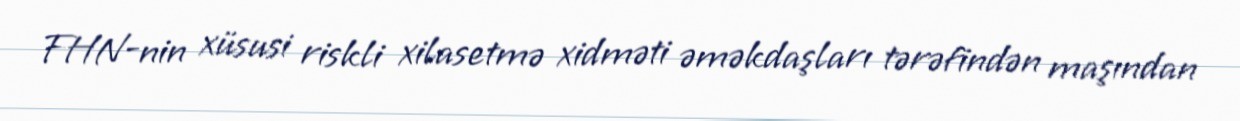
FHN-nin xüsusi riskli xilasetmə xidməti əməkdaşları tərəfindən maşından